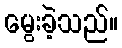
မွေးခဲ့သည်။